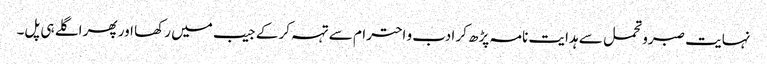
نہایت صبرو تحمل سے ہدایت نامہ پڑھ کر ادب و احترام سے تہہ کر کے جیب میں رکھا اور پھر اگلے ہی پل۔